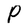
Character: P